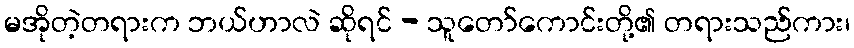
မအိုတဲ့တရားက ဘယ်ဟာလဲ ဆိုရင် - သူတော်ကောင်းတို့၏ တရားသည်ကား၊